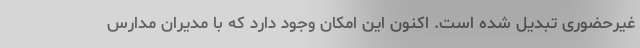
غیرحضوری تبدیل شده است. اکنون این امکان وجود دارد که با مدیران مدارس